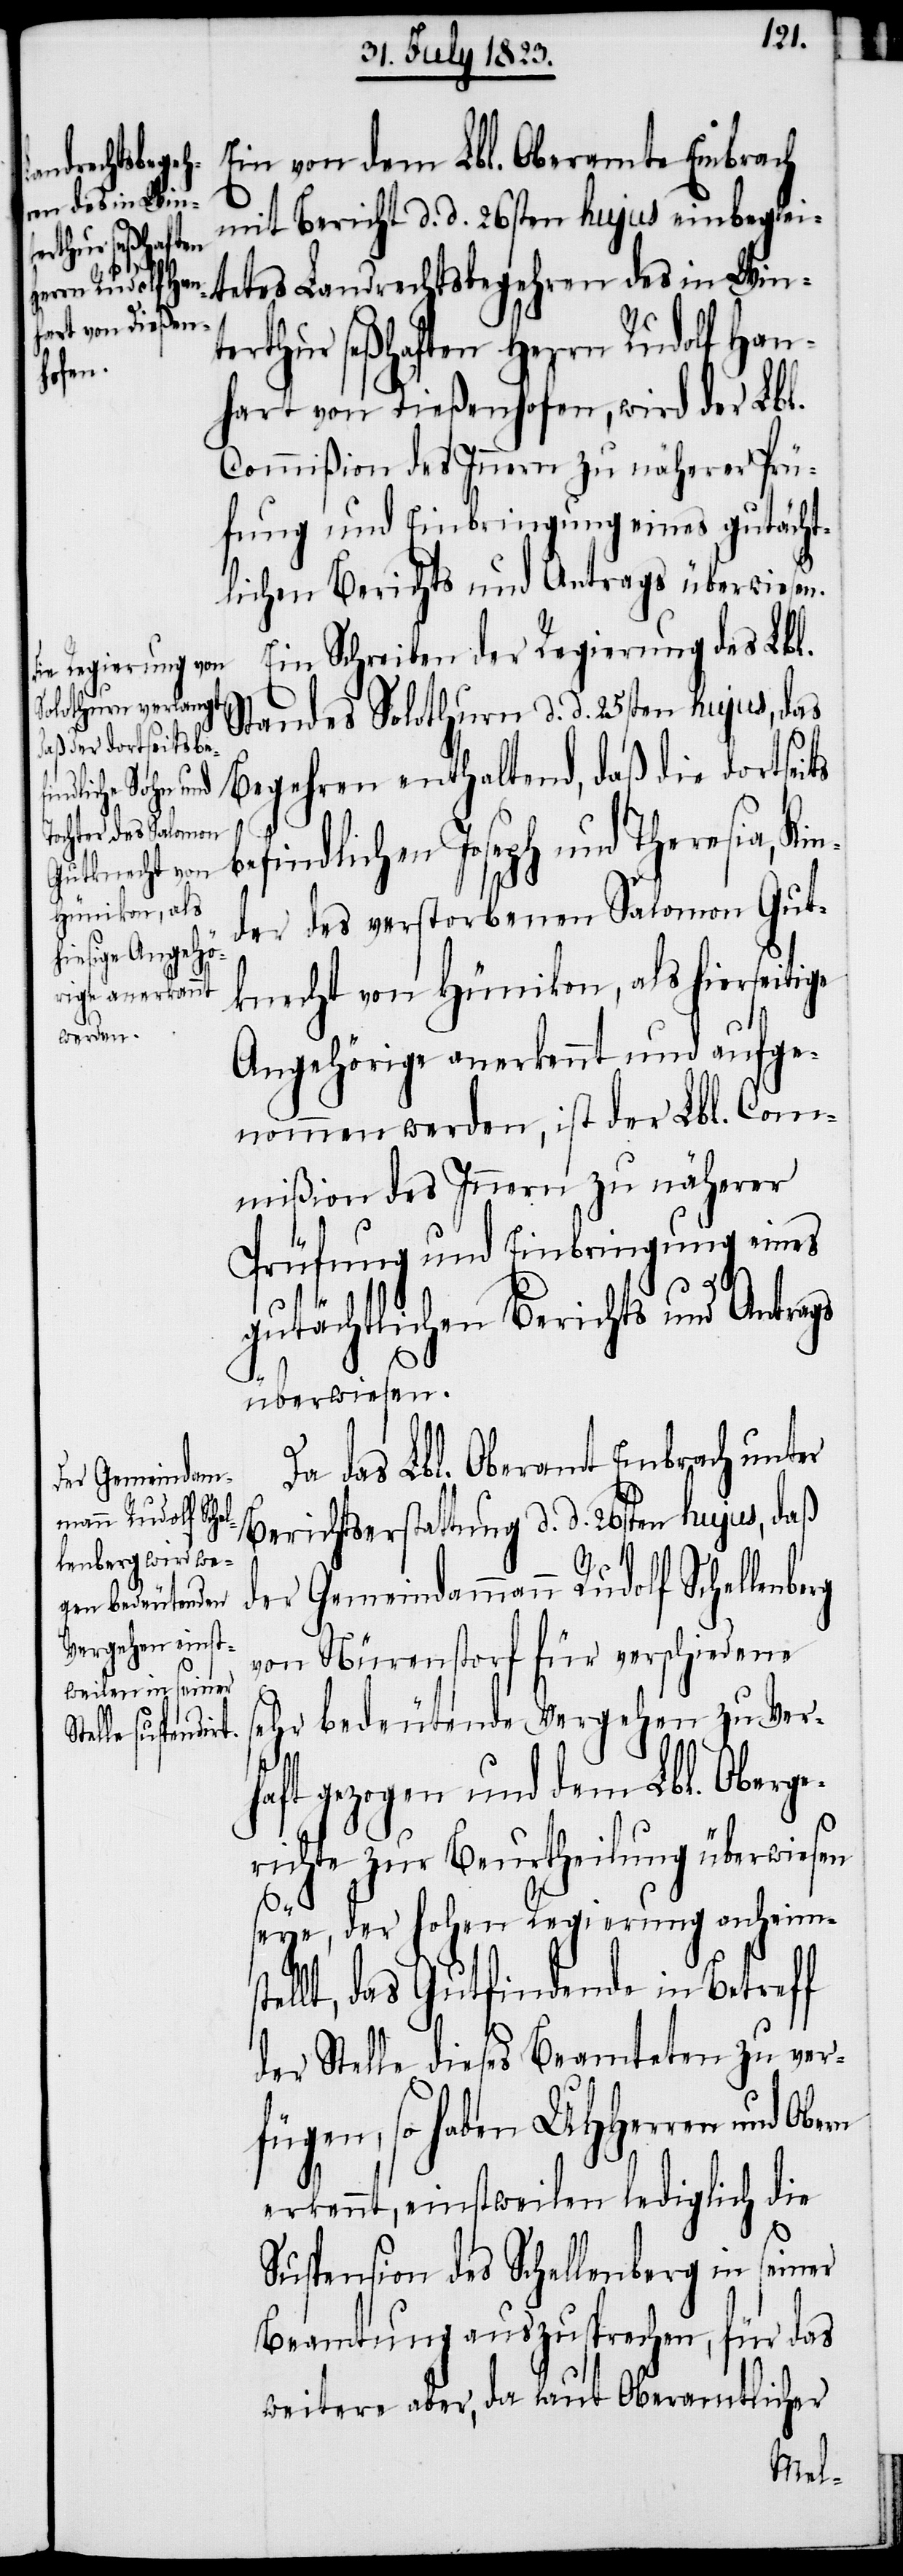
der Gemeindam¬
mann Rudolf Sch¬
ellenberg

Ein von dem Lbl. Oberamte Embrach
mit Bericht d. d. 26sten hujus einbeglei¬
tetes Landrechtsbegehren des in Wint¬
erthur seßhaften Herrn Rudolf Han¬
hart von Dießenhofen, wird der Lbl.
Commißion des Innern zu näherer Prü¬
fung und Einbringung eines gutächt¬
lichen Berichts und Antrags überwiesen.
Ein Schreiben der Regierung des Lbl.
Standes Solothurn d. d. 25sten hujus, das
Begehren enthaltend, daß die dortseits
b¬
efindlichen Joseph und Theresia, Ki¬
nder des verstorbenen Salomon Gut¬
knecht von Hünikon, als hierseitige
Angehörige anerkennt und aufge¬
nommen werden, ist der Lbl. Com¬
mißion des Innern zu näherer
Prüfung und Einbringung eines
gutächtlichen Berichts und Antrags
überwiesen.
Da das Lbl. Oberamt Embrach unter
Berichtserstattung d. d. 26sten hujus, daß
von Nürenstorf für verschiedene
sehr bedeutende Vergehen zu Ver¬
haft gezogen und dem Lbl. Oberge¬
richte zur Beurtheilung überwiesen
Obern
seye, der hohen Regierung anheims¬
tellt, das Gutfindende in Betreff
der Stelle dieses Beamteten zu ver¬
fügen, so haben UHHerren und
erkennt, einstweilen lediglich die
Suspension des Schellenberg in seiner
Beamtung auszusprechen, für das
weitere aber, da laut Oberamtlicher